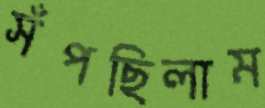
সঁপছিলাম